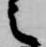
之